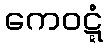
ကေဝဋ္ဋံ